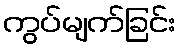
ကွပ်မျက်ခြင်း